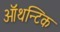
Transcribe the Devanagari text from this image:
ऑथन्टिक